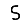
Digit: 5